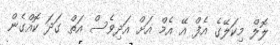
ލޮލް މިކަލޭގެ އެފް އޭ އެމް އަށް އަދިވެސް އަތް ގަދަ ކޮއްގެން